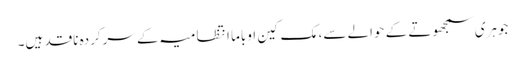
جوہری سمجھوتے کے حوالے سے، مک کین اوباما انتظامیہ کے سرکردہ ناقد ہیں۔